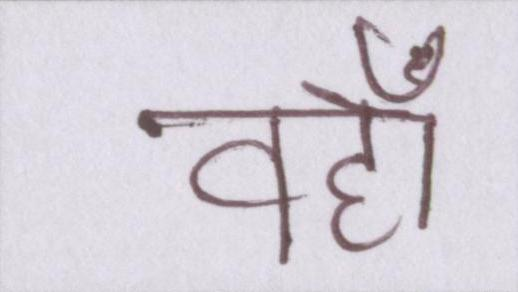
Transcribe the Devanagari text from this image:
वहां